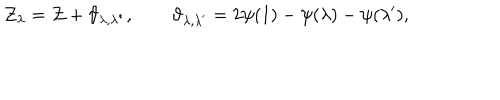
\mathcal { Z } _ { \lambda } = \mathcal { Z } + \vartheta _ { \lambda , \lambda ^ { * } } , \qquad \vartheta _ { \lambda , \lambda ^ { \prime } } = 2 \psi ( 1 ) - \psi ( \lambda ) - \psi ( \lambda ^ { \prime } ) ,